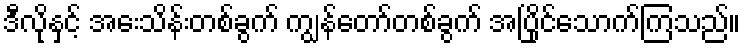
ဒီလိုနှင့် အေးသိန်းတစ်ခွက် ကျွန်တော်တစ်ခွက် အပြိုင်သောက်ကြသည်။